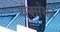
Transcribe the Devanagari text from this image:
सेक्सेशन